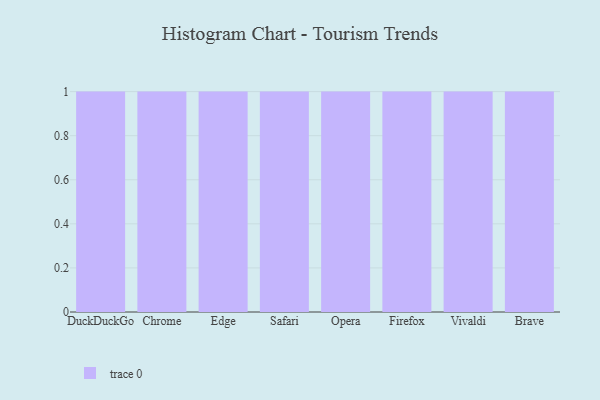
{"axis": {"x": "Browser", "y": "Tickets Resolved"}, "legend": [""], "data": [{"x": "DuckDuckGo", "y": 79, "type": ""}, {"x": "Chrome", "y": 3, "type": ""}, {"x": "Edge", "y": 98, "type": ""}, {"x": "Safari", "y": 79, "type": ""}, {"x": "Opera", "y": 6, "type": ""}, {"x": "Firefox", "y": 8, "type": ""}, {"x": "Vivaldi", "y": 34, "type": ""}, {"x": "Brave", "y": 77, "type": ""}]}